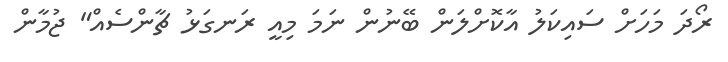
ރޯދަ މަހަށް ސައިކަލު އާކޮށްލަން ބޭނުން ނަމަ މިއީ ރަނގަޅު ޗާންސެއް" ޖުމާން